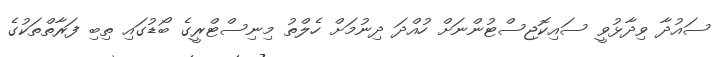
ސައުދާ ވިދާޅުވީ ސައިކޮޮޖިސްޓުންނަށް ހުއްދަ ދިނުމަށް ހެލްތު މިނިސްޓްރީގެ ބޯޑުގައި ތިބި ފަރާތްތަކުގެ